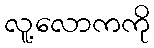
လူ့လောကကို